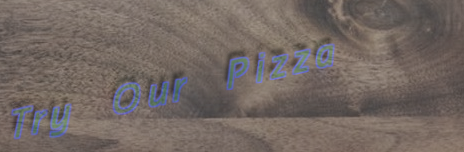
Try Our Pizza